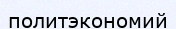
политэкономий